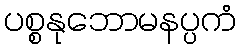
ပစ္စနုဘောမနပ္ပကံ